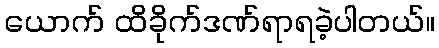
ယောက် ထိခိုက်ဒဏ်ရာရခဲ့ပါတယ်။